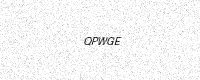
Text: QPWGE